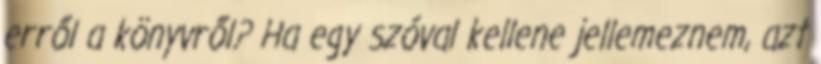
erről a könyvről? Ha egy szóval kellene jellemeznem, azt